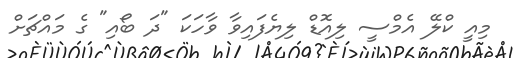
މިއީ ކްލޭ އެމްސީ ލިއޮޑް ލިޔެފައިވާ ވާހަކަ "ދަ ބޯއި" ގެ މައްޗަށް